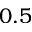
0 . 5